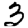
Digit: 3